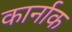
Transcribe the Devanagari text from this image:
कार्नाक